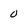
Character: 0